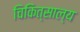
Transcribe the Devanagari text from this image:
चिकित्साल्य